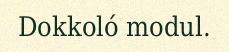
Dokkoló modul.